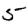
Digit: 5